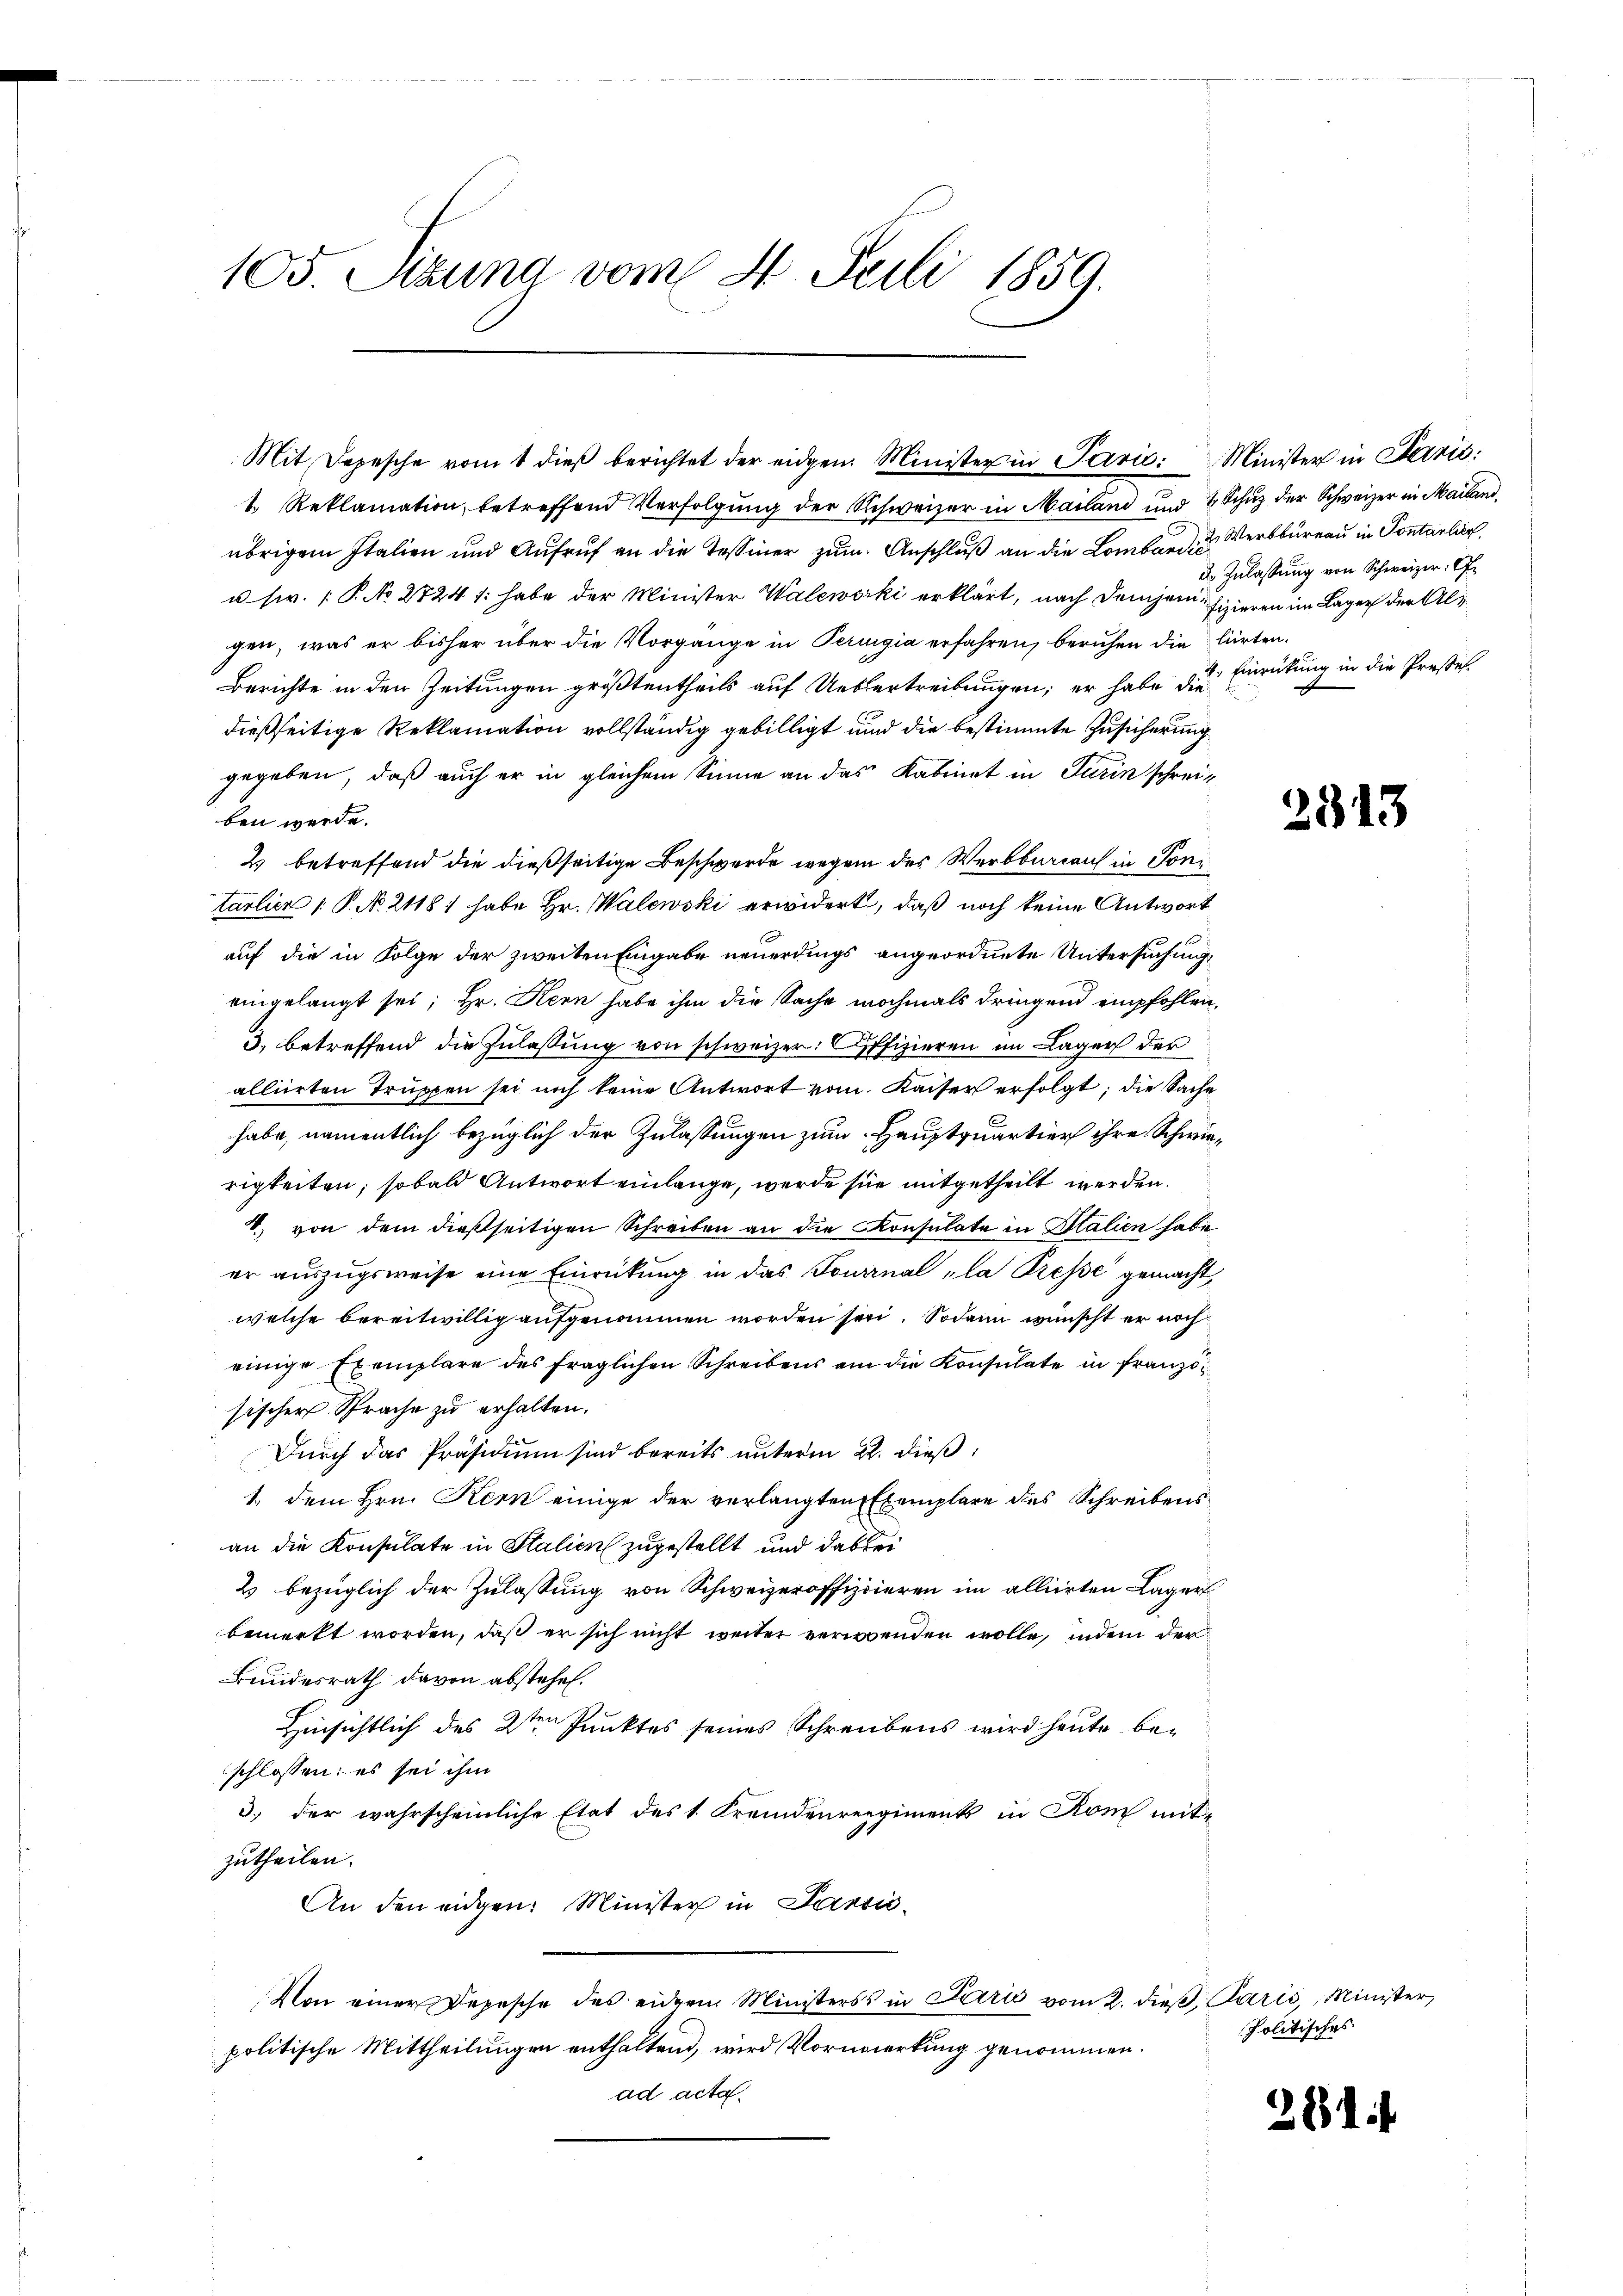
105. Sizung vom 8. Juli 1859.

übrigem Italien und Aufruf an die Tessiner zum Anschluß an die Lombard, des Wertbureau in Pontarlin,
u sr. P. No 2724/: habe der Minister Walewski erklärt, nach Dein jenefizieren im Lager der Algen, was er bisher über die Vorgänge in Peruigia erfahren, beruhen die lierten.
Berichte in den Zeitungen größtentheils auf Uebertreibungen; er habe die
dießseitige Reklamation vollständig gebilligt und die bestimmte Zusicherung
gegeben, daß auch er in gleichem Sinne an das Kabinet in Turin schreiben werde.
2. betreffend die dießseitige Beschwerde wegen des Werbbureau in Tonitartien  P. No. 2118/ habe Hr. Walewski erwidert, daß noch keine Antwort
auf die in Folge der zweiten Eingabe neuerdings angeordnete Untersuchung,
eingelangt sei; Hr. Kern habe ihm die Sache nochmals dringend empfohlen,
3) betreffend die Zulassung von schweizer. Offizieren im Lager der
alliirten Truppen sei noch keine Antwort vom Kaiser erfolgt; die Sache
habe, namentlich bezüglich der Zulassungen zum Hauptquartier ihre Schwierigkeiten, sobald Antwort einlange, werde sie mitgetheilt werden.
2. von dem dießseitigen Schreiben an die Konsulate in Italien habe
er auszugsweise eine Einrückung in das Tournal la Presse gemacht,
welche bereitwillig aufgenommen worden sei. Sodann wünscht er noch
einige Exemplare des fraglichen Schreibens am die Konsulate in Französischer Sprache zu erhalten.
Durch das Präsidium sind bereits unterm 22. dieß
1. dem Hrn. Kern einige der verlangten Exemplare des Schreibens
an die Konsulate in Stalien zugestellt und dabei
2 bezüglich der Zulassung von Schweizeroffizieren im alliirten Lager
bemerkt worden, daß er sich nicht weiter verwenden wolle, indem der
Bundesrath davon abstehen.
Hinsichtlich des 2ten Punktes seines Schreibens wird heute beschlossen; es sei ihm
3.) der wahrscheinliche Etat des 1. Fremdenreegiments in Rom mit-
zutheilen.
An den eidgen: Minister in Parsić-
Von einer Depesche des eidern Ministers in Paris vom 2. dieβ, Paris, Minister
politische Mittheilungen enthaltend, wird Vormerkung genommen.
ad acta.

Mit Depesche vom 1 dieβ berichtet der eidgen Minister in Parić: Minister in Paris:
1. Reklamation, betreffend Verfolgung der Schweizer in Mailand und 2 Schuz der Schweizer in Mailand,

d. Zulassŭng von Schweizer. G.
4. Einrückung in die Preßes.

2313

281 f.

Politisches